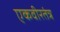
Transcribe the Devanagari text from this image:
एकवीरतंत्र